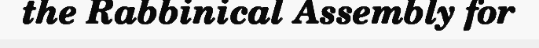
the Rabbinical Assembly for